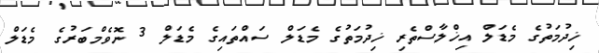
ޚިދުމަތުގެ މެޑަލް އިޚްލާސްތެރި ޚިދުމަތުގެ މެޑަލް ސައްތައިގެ މެޑަލް 3 ނޮވެމްބަރުގެ މެޑަލް